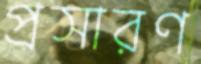
প্রসারণ